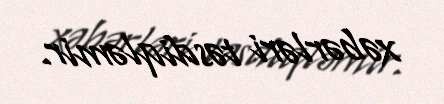
xəbərləri təsdiqləmir.